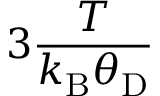
3 \frac { T } { k _ { \mathrm { B } } \theta _ { \mathrm { D } } }